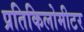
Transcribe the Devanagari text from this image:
प्रतिकिलोमीटर